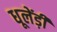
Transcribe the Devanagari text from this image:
धूलेंड़ी